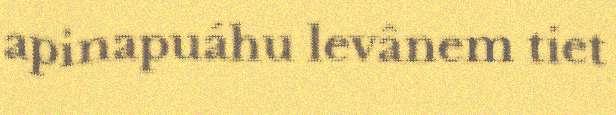
apinapuáhu levânem tiet